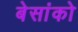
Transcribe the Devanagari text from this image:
बेसांको